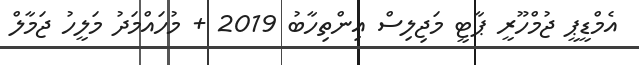
އެމްޑީޕީ ޖުމްހޫރީ ޕާޓީ މަޖިލިސް އިންތިހާބު 2019 + މުހައްމަދު މަލީހު ޖަމާލް